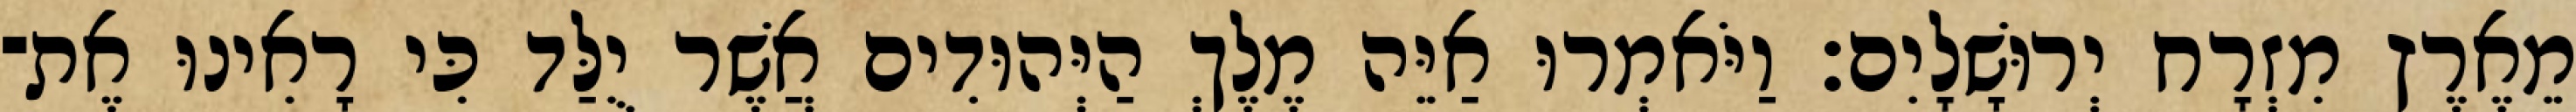
מֵאֶרֶץ מִזְרָח יְרוּשָׁלָיִם׃ וַיֹּאמְרוּ אַיֵּה מֶלֶךְ הַיְּהוּדִים אֲשֶׁר יֻלַּד כִּי רָאִינוּ אֶת־